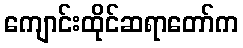
ကျောင်းထိုင်ဆရာတော်က